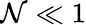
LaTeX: \mathcal{N}\ll1